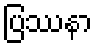
ပြဿနာ